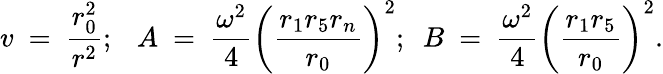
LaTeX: v~=~{\frac{r_{0}^{2}}{r^{2}}};~~~A~=~{\frac{\omega^{2}}{4}}\left({\frac{r_{1}r_{5}r_{n}}{r_{0}}}\right)^{2};~~B~=~{\frac{\omega^{2}}{4}}\left({\frac{r_{1}r_{5}}{r_{0}}}\right)^{2}.